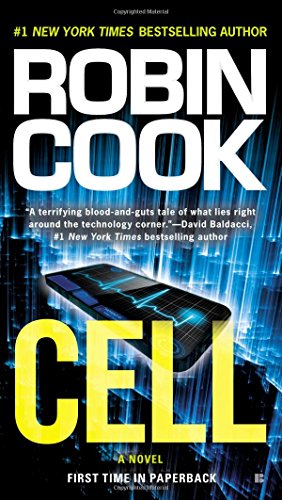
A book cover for Cell; Robin Cook; Mystery, Thriller & Suspense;